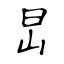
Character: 旵